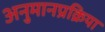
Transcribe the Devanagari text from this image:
अनुमानप्रक्रिया